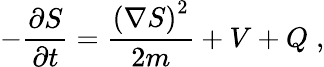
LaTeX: -{\frac{\partial S}{\partial t}}={\frac{\left(\nabla S\right)^{2}}{2m}}+V+Q\; ,